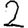
Digit: 2